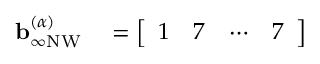
\begin{array} { r l } { \mathbf { b } _ { \infty \mathrm { N W } } ^ { ( \alpha ) } } & { { } = \left[ \begin{array} { l l l l } { 1 } & { 7 } & { \cdots } & { 7 } \end{array} \right] } \end{array}